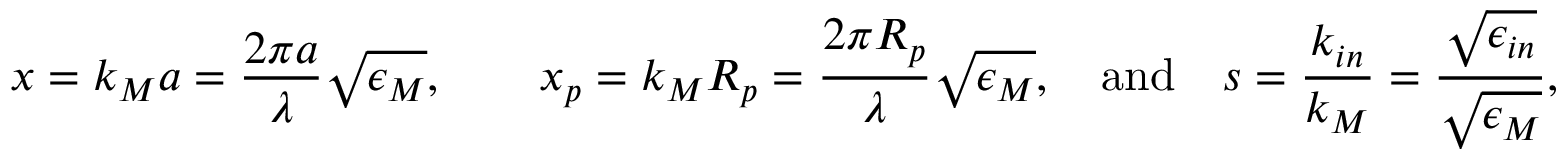
x = k _ { M } a = \frac { 2 \pi a } { \lambda } \sqrt { \epsilon _ { M } } , \quad \quad x _ { p } = k _ { M } R _ { p } = \frac { 2 \pi R _ { p } } { \lambda } \sqrt { \epsilon _ { M } } , \quad \mathrm { a n d } \quad s = \frac { k _ { i n } } { k _ { M } } = \frac { \sqrt { \epsilon _ { i n } } } { \sqrt { \epsilon _ { M } } } ,